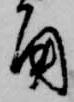
角